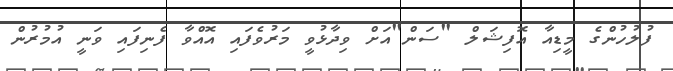
ފުލުހުންގެ މީޑިއާ އޮފިޝަލް "ސަން"އަށް ވިދާޅުވީ މަރުވެފައި އޮއްވާ ފެނިފައި ވަނީ އުމުރުން